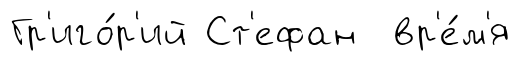
Гр'иго́р'ий Ст'ефан вр'е́м'я